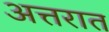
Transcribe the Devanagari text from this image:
अत्तरात